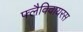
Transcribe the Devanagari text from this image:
फ्लैविवायरस